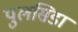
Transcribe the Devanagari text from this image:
पुलसिडा